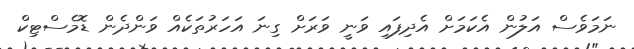
ނަމަވެސް އަލުން އެކަމަށް އެދިފައި ވަނީ ވަރަށް ގިނަ އަހަރުތަކެއް ވަންދެން ޑޮމެސްޓިކް